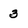
Character: 3